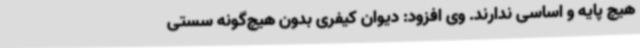
هیچ پایه و اساسی ندارند. وی افزود: دیوان کیفری بدون هیچ‌گونه سستی